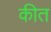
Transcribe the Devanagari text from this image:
कीत